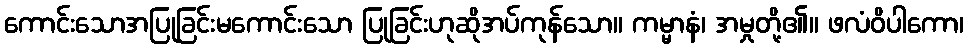
ကောင်းသောအပြုခြင်းမကောင်းသော ပြုခြင်းဟုဆိုအပ်ကုန်သော။ ကမ္မာနံ၊ အမှုတို့၏။ ဖလံဝိပါကော၊